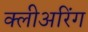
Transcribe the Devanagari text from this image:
क्लीअरिंग